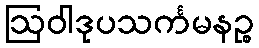
ဩဝါဒုပသင်္ကမနဉ္စ